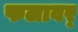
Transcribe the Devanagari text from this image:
फलावर्